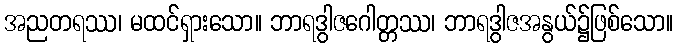
အညတရဿ၊ မထင်ရှားသော။ ဘာရဒွါဇဂေါတ္တဿ၊ ဘာရဒွါဇအနွယ်၌ဖြစ်သော။